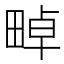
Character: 𤲤